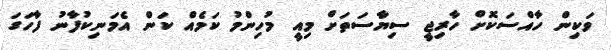
ވަކިން ހާއްސަކޮށް ހާރިޖީ ސިޔާސަތަށް މިއީ މުހިންމު ކަމެއް ކަން އެމަނިކުފާނު ފާހަގަ